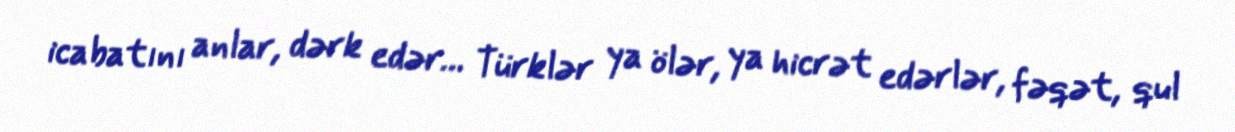
icabatını anlar, dərk edər… Türklər ya ölər, ya hicrət edərlər, fəqət, qul